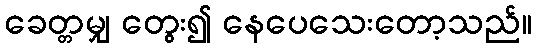
ခေတ္တမျှ တွေး၍ နေပေသေးတော့သည်။